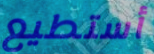
أستطيع